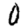
Digit: 0